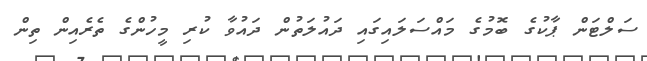
ސަލްޓަން ޕާކުގެ ބޮމުގެ މައްސަލައިގައި ދައުލަތުން ދައުވާ ކުރި މީހުންގެ ތެރެއިން ތިން